Leaving Certificate Examination (including Day School Certificate (Higher) General paper), 1929
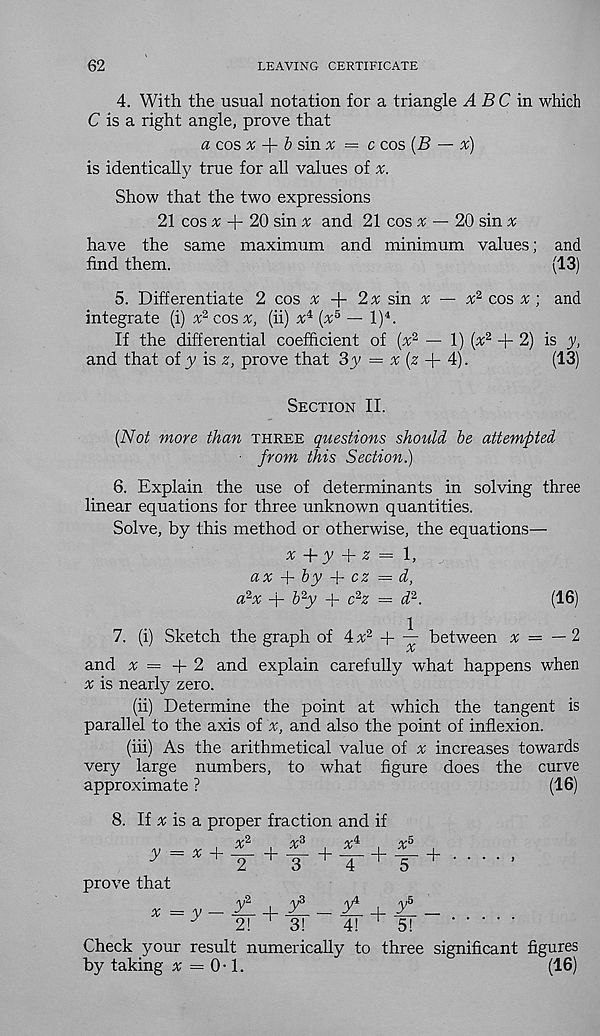
62
LEAVING CERTIFICATE
4. With the usual notation for a triangle ABC m which
C is a right angle, prove that
a cos ^
^ sin ^ = c cos (B — x)
is identically true for all values of x.
Show that the two expressions
21 cos 3; -f 20 sin £ and 21 cos x — 20 sin a:
have the same maximum and minimum values; and
find them.
(13)
5. Differentiate 2 cos % +
sin x — x* cos ^ ; and
integrate (i) x 2 cos x, (ii) x^ [x 5 — l) 4 .
If the differential coefficient of (v 2 — 1) {x 2 + 2) is y,
and that of y is z, prove that 3y = % (2 + 4).
(13)
Section II.
{Not more than three questions should be attempted
■ from this Section.)
6. Explain the use of determinants in solving three
linear equations for three unknown quantities.
Solve, by this method or otherwise, the equations—
x +y + z = 1,
ax + by
cz = d,
a 2 x + b 2 y + c 2 z = d 2 .
(16)
7. (i) Sketch the graph of 4 x 2 + — between % — — 2
and x = -\- 2 and explain carefully what happens when
x is nearly zero.
(ii) Determine the point at which the tangent is
parallel to the axis of x, and also the point of inflexion.
(hi) As the arithmetical value of v increases towards
very large numbers, to what figure does the curve
approximate ?
(16)
8. If ^ is a proper fraction and if
/y2
/V-3
/\r 4
/rrS
y = x + — + -^- +
+ —
2
3
4
5
prove that
+
^ = A
2!
+ 3!
4! ^ 5!
Check your result numerically to three significant figures
by taking a; = 0 • 1.
(16)